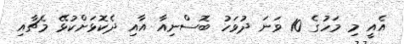
އެއީ މި މަހުގެ 10 ވަނަ ދުވަހު ބޮސްނިއާ އާއި ދެކޮޅަށްކުޅޭ މެޗާއި